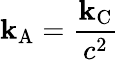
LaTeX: \mathbf{k}_{\mathrm{{{A}}}}={\frac{{\mathbf{k}_{\mathrm{{{C}}}}}}{{c^{2}}}}